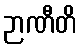
ဉာဏီတိ